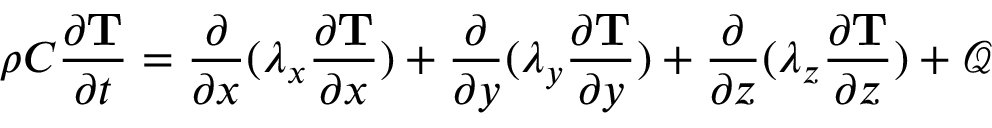
\rho C \frac { \partial \mathbf { T } } { \partial t } = \frac { \partial } { \partial x } ( \lambda _ { x } \frac { \partial \mathbf { T } } { \partial x } ) + \frac { \partial } { \partial y } ( \lambda _ { y } \frac { \partial \mathbf { T } } { \partial y } ) + \frac { \partial } { \partial z } ( \lambda _ { z } \frac { \partial \mathbf { T } } { \partial z } ) + \mathcal { Q }